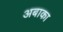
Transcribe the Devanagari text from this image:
अबाका